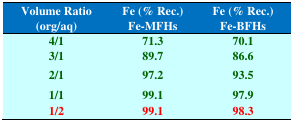
| Volume Ratio (org/aq) | Fe (% Rec.) Fe-MFHs | Fe (% Rec.) Fe-BFHs |
 | --- | --- | --- |
 | 4/1 | 71.3 | 70.1 |
 | 3/1 | 89.7 | 86.6 |
 | 2/1 | 97.2 | 93.5 |
 | 1/1 | 99.1 | 97.9 |
 | 1/2 | 99.1 | 98.3 |